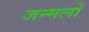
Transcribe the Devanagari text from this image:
जन्मलो